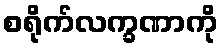
စရိုက်လက္ခဏာကို